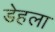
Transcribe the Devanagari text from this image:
डेहला